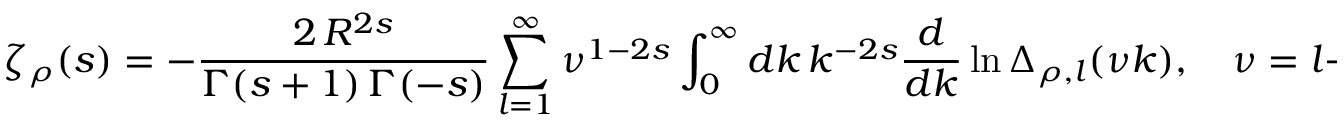
\zeta _ { \rho } ( s ) = - \frac { 2 \, R ^ { 2 s } } { \Gamma ( s + 1 ) \, \Gamma ( - s ) } \sum _ { l = 1 } ^ { \infty } \nu ^ { 1 - 2 s } \int _ { 0 } ^ { \infty } d k \, k ^ { - 2 s } \frac { d } { d k } \ln \Delta _ { \rho , l } ( \nu k ) , \quad \nu = l + \frac { 1 } { 2 } , \; \; \rho = \pm 1